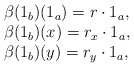
\begin{align*}\begin{array}{l} \beta(1_b)(1_a) = r\cdot 1_a,\\ \beta(1_b)(x) = r_x\cdot 1_a,\\ \beta(1_b)(y) = r_y\cdot 1_a,\end{array}\end{align*}